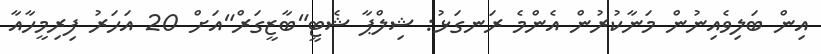
އިން ބަލިވެއިނުން މަނާކުރުން އެންމެ ރަނގަޅު: ޝިލްޕާ ޝެޓީ"ބާޒީގަރް"އަށް 20 އަހަރު ފިރިމީހާއާ